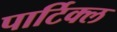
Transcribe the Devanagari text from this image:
पार्टिक्ल